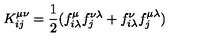
K _ { i j } ^ { \mu \nu } = { \frac { 1 } { 2 } } ( f _ { i \lambda } ^ { \mu } f _ { j } ^ { \nu \lambda } + f _ { i \lambda } ^ { \nu } f _ { j } ^ { \mu \lambda } )